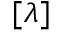
[ \lambda ]